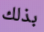
بذلك